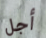
أجل